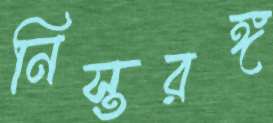
নিস্তরঙ্গ